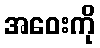
အဝေးကို